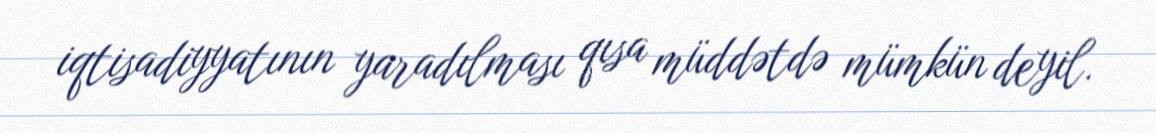
iqtisadiyyatının yaradılması qısa müddətdə mümkün deyil.